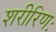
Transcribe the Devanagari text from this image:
शरीरिणः